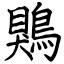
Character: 鶪